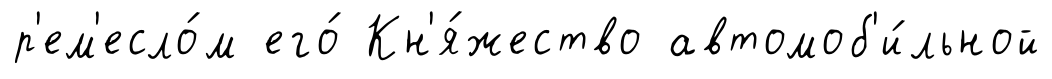
р'ем'есло́м его́ Кн'я́жество автомоб'и́льной